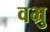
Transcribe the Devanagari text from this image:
वभ्रु